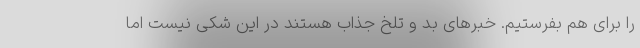
را برای هم بفرستیم. خبرهای بد و تلخ جذاب هستند در این شکی نیست اما